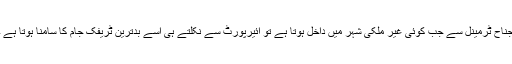
جناح ٹرمینل سے جب کوئی غیر ملکی شہر میں داخل ہوتا ہے تو ائیرپورٹ سے نکلتے ہی اسے بدترین ٹریفک جام کا سامنا ہوتا ہے ۔